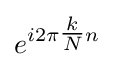
e^{i2\pi {\tfrac {k}{N}}n}